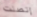
إتصلت